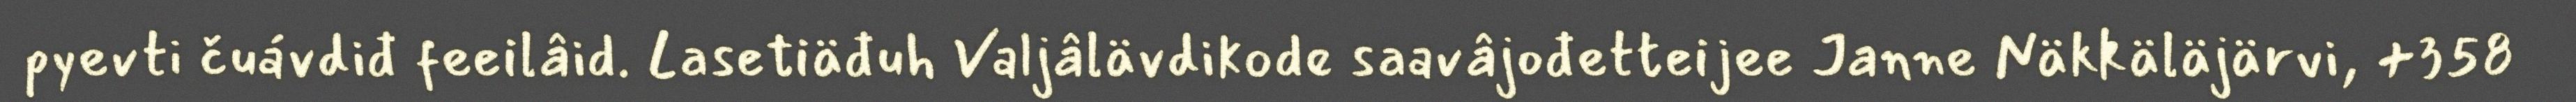
pyevti čuávdiđ feeilâid. Lasetiäđuh Valjâlävdikode saavâjođetteijee Janne Näkkäläjärvi, +358